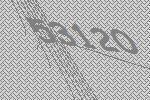
53120